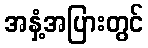
အနှံ့အပြားတွင်